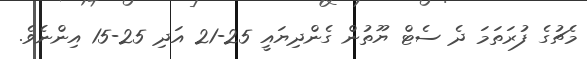
މެޗުގެ ފުރަތަމަ ދެ ސެޓް ޔޫތުން ގެންދިޔައީ 25-21 އަދި 25-15 އިންނެވެ.